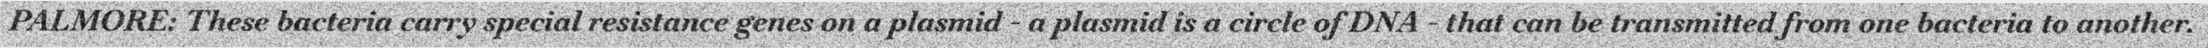
PALMORE: These bacteria carry special resistance genes on a plasmid - a plasmid is a circle of DNA - that can be transmitted from one bacteria to another.